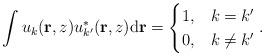
LaTeX: \begin{align*} \int u_k(\mathbf{r},z) u_{k'}^*(\mathbf{r},z) \mathrm{d}\mathbf{r}= \begin{cases} 1, & k=k'\\ 0,& k\neq k' \end{cases}. \end{align*}